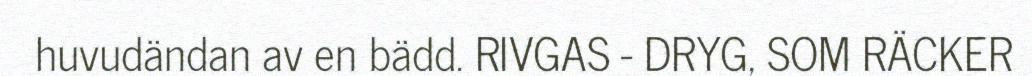
huvudändan av en bädd. RIVGAS - DRYG, SOM RÄCKER